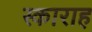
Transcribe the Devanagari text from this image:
स्काराह